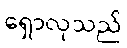
ရှောလုသည်